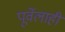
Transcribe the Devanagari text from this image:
पूर्वेलाही